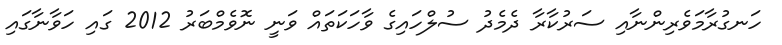
ހަނގުރާމަވެރިންނާއި ސަރުކާރާ ދެމެދު ސުލްހައިގެ ވާހަކަތައް ވަނީ ނޮވެމްބަރު 2012 ގައި ހަވާނާގައި